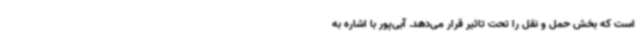
است که بخش حمل و نقل را تحت تاثیر قرار می‌دهد. آبی‌پور با اشاره به